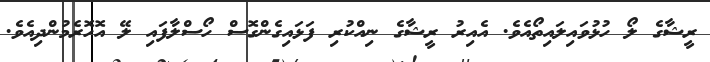
ރީޝާގެ ލޯ ހުޅުވައިލައިތޯއެވެ. އެއިރު ރީޝާގެ ނިއްކުރި ފަޅައިގެންގޮސް ހޯސްލާފައި ލޭ އޮހޮރެމުންދިއެވެ.